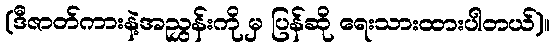
(ဒီဇာတ်ကားနဲ့အညွှန်းကို မှ ပြန်ဆို ရေးသားထားပါတယ်)။